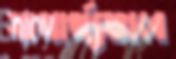
যাথার্থ্যভাবে